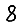
Digit: 8